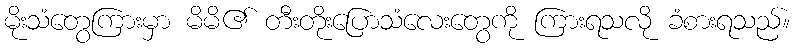
မိုးသံတွေကြားမှာ မိမိ၏ တီးတိုးပြောသံလေးတွေကို ကြားရသလို ခံစားရသည်။